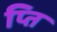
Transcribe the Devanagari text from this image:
प्ति